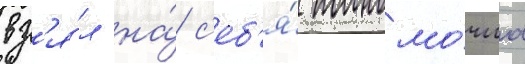
вз'я́л на́ с'еб'я́ полномо́чиа